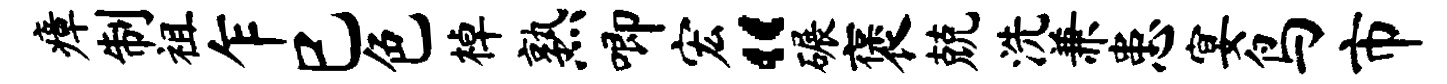
瘴制祖乍巳色棹熟唧宏“碾褒兢洗兼患宴鸟市